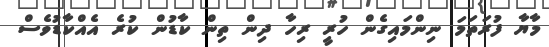
މާޔާ ފުރަތަމަ ނިންމައިގެން ހުރީ ރިހާ ދިން ތިން ކާޑުން ކުރެ އެއްކާޑުވެސް